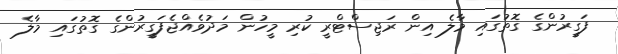
ފަގީރުންގެ ގޮތުގައި މާލެ އިން ރަޖިސްޓްރީ ކުރި މީހުން މަދުވެއްޖެފަގީރުންގެ ގޮތުގައި މާލެ